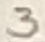
Text: 3